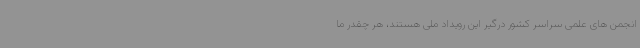
انجمن های علمی سراسر کشور درگیر این رویداد ملی هستند، هر چقدر ما